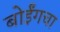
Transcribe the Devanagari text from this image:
बोईंगचा